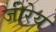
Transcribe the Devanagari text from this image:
जीरेय